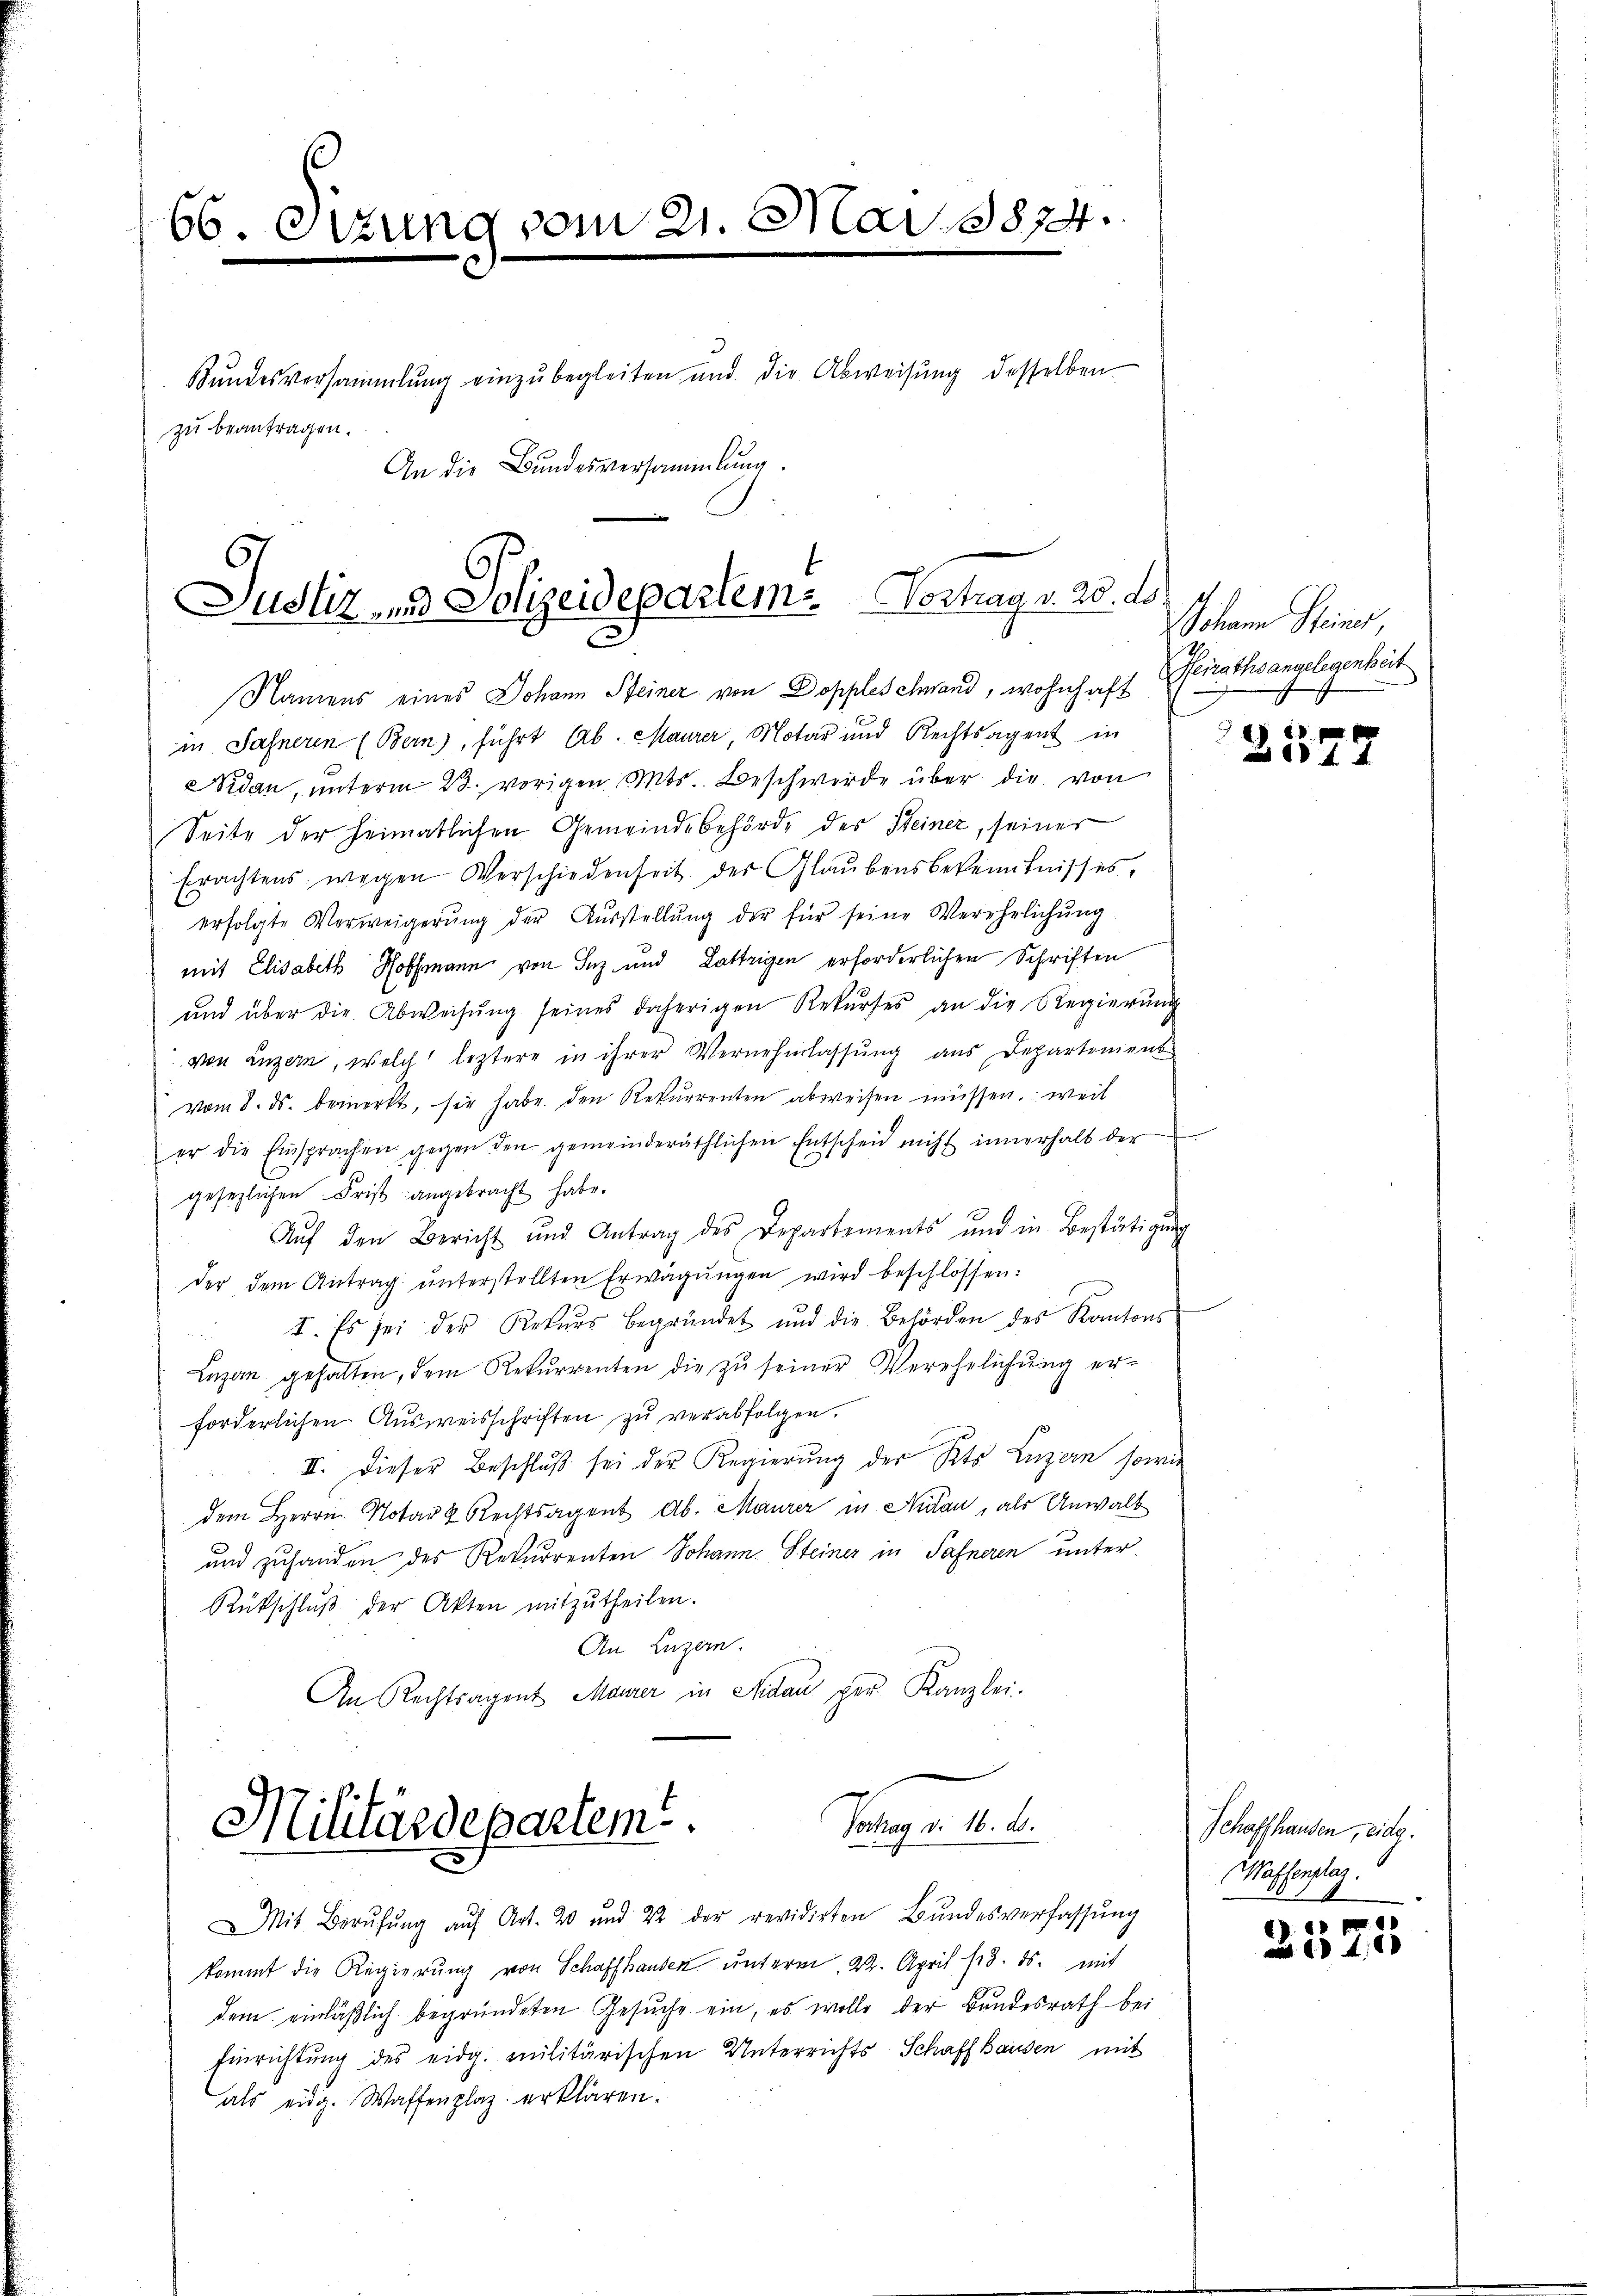
66. Sitzung vom 21. Mai 1874.
Bŭndesversammlung einzŭbegleiten und die Abweisŭng desselben
zu beantragen.
An die Bundesversammlung.

Justiz- und Polizeidepartem Vortrag v. 20. ds.

Nidau, unterm 23. vorigen Mts. Beschwerde über die von
Seite der Heimatlichen Gemeindebehörde des Steiner, seiner
Erachtens wegen Verschiedenheit der Glaŭbensbekenntnisses,
erfolgte Verweigerŭng der Aŭsstellŭng der für seine Verehelichŭng
mit Elisabeth Hoffmann von Inz und Lattrigen erforderlichen Schriften
ŭnd über die Abweisŭng seines daherigen Rekŭrses an die Regierŭng
von Luzern, welch leztere in ihrer Vernehmlassung aus Departemens
vom 8. ds. bemerkt, sie habe den Rekurrenten abweisen müssen, weil
er die Einsprachen gegen den gemeinderäthlichen Entscheid nicht innerhalb der
gesetzlichen Frist angebracht habe.
Aŭf den Bericht und Antrag des Departements und in Bestätigung
der dem Antrag ŭnterstellten Erwägŭngen wird beschlossen:
I. Es sei der Rekurs begründet und die Behörden des Kantons
Lazan gehalten, dem Rekurrenten die zŭ seiner Verehelichŭng er-
forderlichen Ausweisschriften zu verabfolgen.
II. Dieser Beschluß sei der Regierŭng der Kts. Luzern sowie
dem Herrn Notar 8 Rechtsagent Ab. Maurer in Nidau, als Anwalt
und zuhanden des Rekurrenten Johann Steiner in Safneren unter¬
Rückschlŭβ der Akten mitzŭtheilen.
An Luzern.
An Rechtsagent Maurer in Nidau per Kanzlei.

Namens eines Johann Steiner von Doppleschwand, wohnhaft Heirathsangelegenheit
in Sahneren (Bern), führt Ab. Maurer, Motar und Rechtsagent in

Vertrag v. 16. ds.
Militärdepartem

Mit Berŭfŭng aŭf Art. 20 und 22 der revidirten Bŭndesverfassŭng
kommt die Regierung von Schaffhausen unterm 22. April 13. ds. mit
dem einläßlich begründeten Gesuche ein, es wolle der Bundesrath bei
Einrichtung des eidg. militärischen Unterrichts Schaffhausen mit
als eidg. Waffenplaz erklären.

Johann Steiner,

d
257.

Schaffhausen, eidg.
Massenstag.

2571